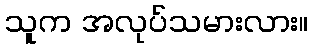
သူက အလုပ်သမားလား။